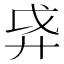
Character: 𫸗